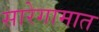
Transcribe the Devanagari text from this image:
सारेगामात